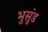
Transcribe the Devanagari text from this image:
भुसुंड